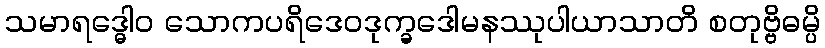
သမာရဒ္ဓေါဝ သောကပရိဒေဝဒုက္ခဒေါမနဿုပါယာသာတိ စတုဗ္ဗိဓမ္ပိ